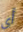
أي